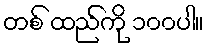
တစ် ထည်ကို ၁၀၀ပါ။